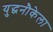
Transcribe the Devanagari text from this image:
युद्धनौकेला